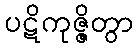
ပဋိကုဇ္ဇိတွာ